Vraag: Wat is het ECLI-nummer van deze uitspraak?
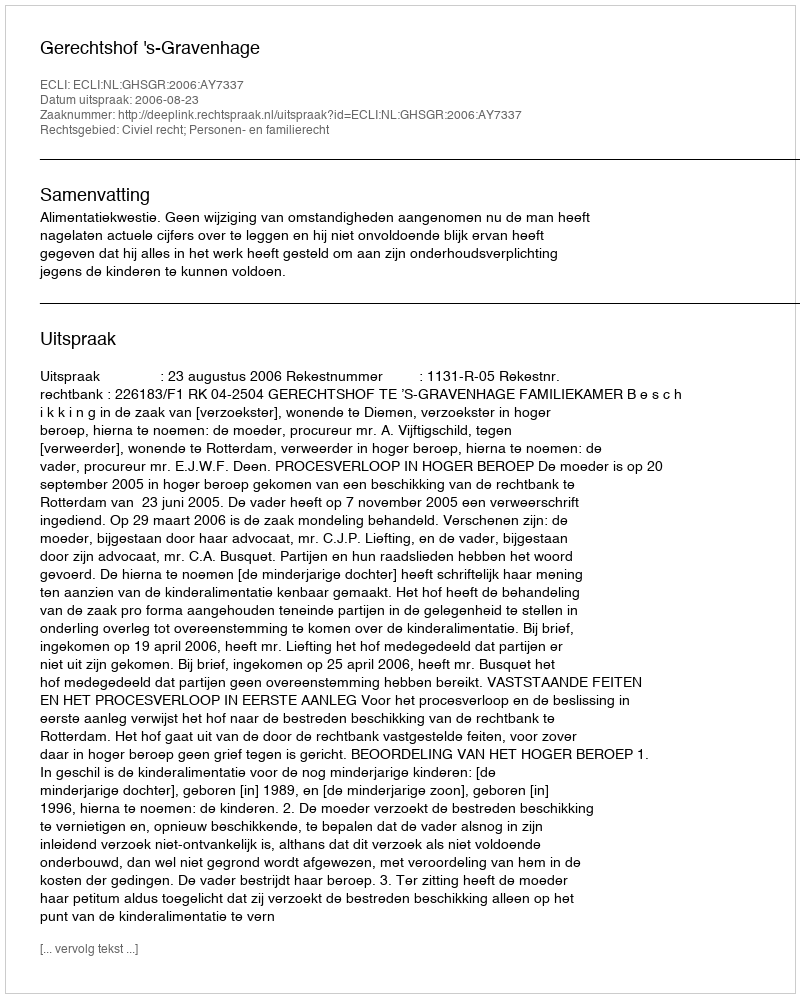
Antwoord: ECLI:NL:GHSGR:2006:AY7337